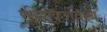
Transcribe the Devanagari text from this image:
रविशंकरविश्व